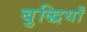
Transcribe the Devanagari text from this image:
बुद्धियाँ